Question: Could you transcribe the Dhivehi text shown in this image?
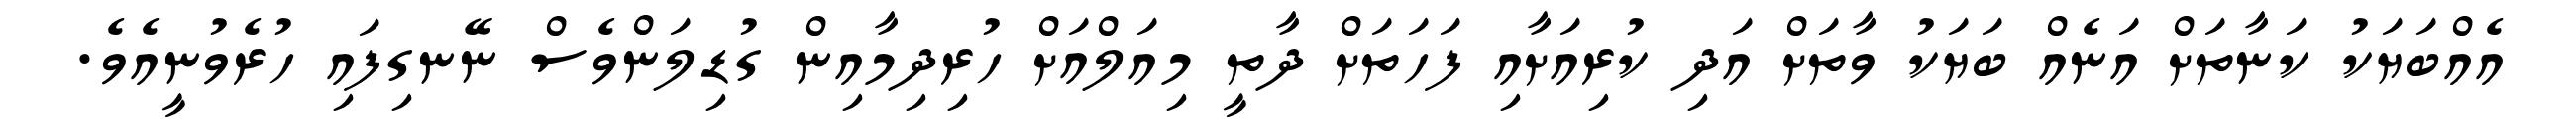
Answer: އެއްބަޔަކު ކަނާތަށް އަނެއް ބަޔަކު ވާތަށް އަދި ކުރިއަށާއި ފަހަތަށް ދާތީ މިއަލްއަށް ހުރިދިމާއިން ގުޑިލަންވެސް ނޭނގިފައި ހުރެވުނީއެވެ.